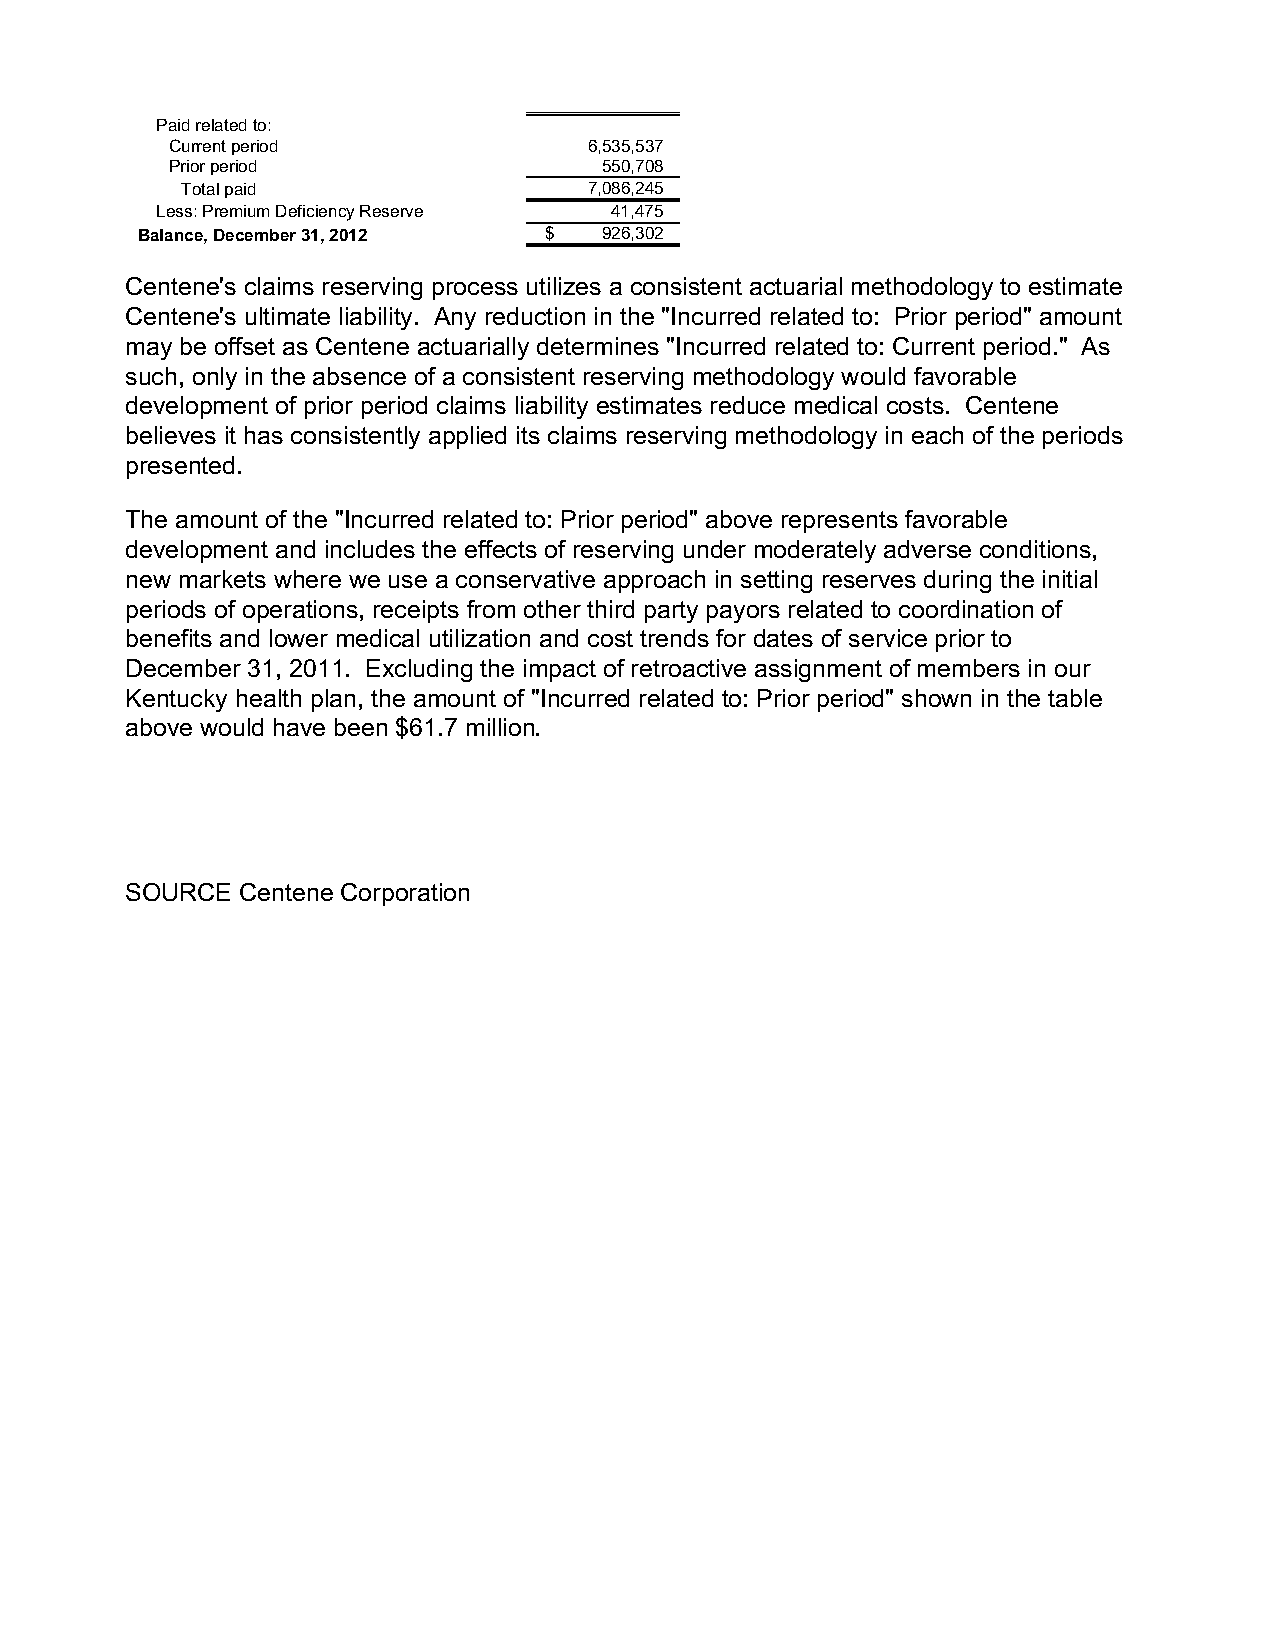
Paid related to:
 Current period              6,535,537
 Prior period                 550,708
 Total paid                 7,086,245
 Less: Premium Deficiency Reserve 41,475
 Balance, December 31, 2012 $   926,302
 Centene's claims reserving process utilizes a consistent actuarial methodology to estimate
 Centene's ultimate liability. Any reduction in the "Incurred related to: Prior period" amount
 may be offset as Centene actuarially determines "Incurred related to: Current period." As
 such, only in the absence of a consistent reserving methodology would favorable
 development of prior period claims liability estimates reduce medical costs. Centene
 believes it has consistently applied its claims reserving methodology in each of the periods
 presented.
 The amount of the "Incurred related to: Prior period" above represents favorable
 development and includes the effects of reserving under moderately adverse conditions,
 new markets where we use a conservative approach in setting reserves during the initial
 periods of operations, receipts from other third party payors related to coordination of
 benefits and lower medical utilization and cost trends for dates of service prior to
 December 31, 2011. Excluding the impact of retroactive assignment of members in our
 Kentucky health plan, the amount of "Incurred related to: Prior period" shown in the table
 above would have been $61.7 million.
 SOURCE  Centene Corporation